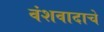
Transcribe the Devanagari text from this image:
वंशवादाचे